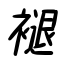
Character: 褪